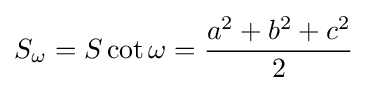
S_{\omega }=S\cot \omega ={\frac {a^{2}+b^{2}+c^{2}}{2}}